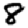
Digit: 8